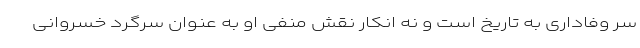
سر وفاداری به تاریخ است و نه انکار نقش منفی او به عنوان سرگرد خسروانی